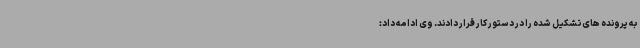
به پرونده های تشکیل شده را در دستور کار قرار دادند. وی ادامه داد: